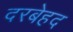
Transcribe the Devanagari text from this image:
दरबेहद